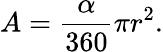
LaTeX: A={\frac{\alpha}{360}}\pi r^{2}.